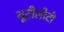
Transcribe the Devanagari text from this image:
यूटीलीटी